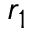
r _ { 1 }